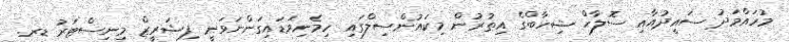
މުހައްމަދު ސައީދުއާއި ސޮލާހް ޝިހާބްގެ އިތުރުން މިކައުންސިލްގައި ހިމެނިވަޑައިގަންނަވަނީ ފިޝަރީޒް މިނިސްޓަރު ޑރ.